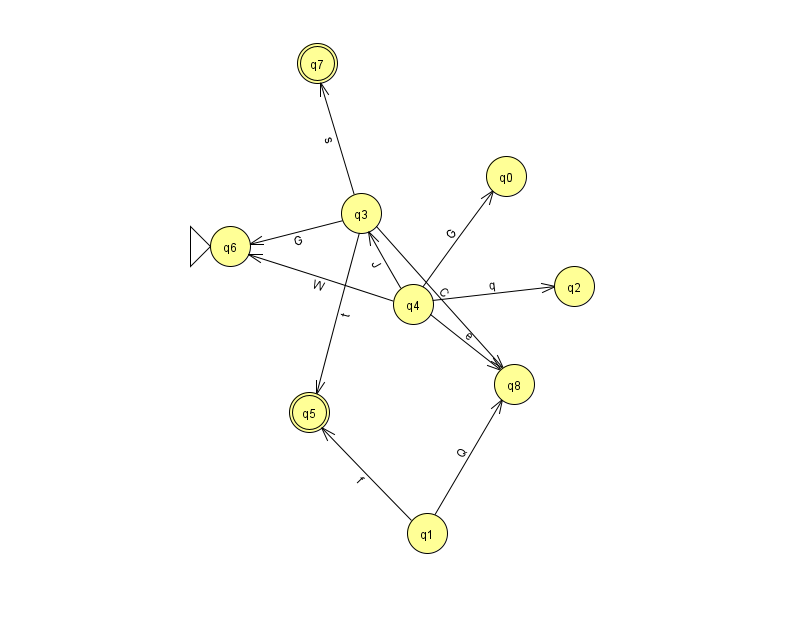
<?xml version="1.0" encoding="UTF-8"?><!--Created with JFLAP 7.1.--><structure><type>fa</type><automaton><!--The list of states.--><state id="0" name="q0"><x>506.0</x><y>163.0</y></state><state id="1" name="q1"><x>427.0</x><y>520.0</y></state><state id="2" name="q2"><x>574.0</x><y>273.0</y></state><state id="3" name="q3"><x>361.0</x><y>200.0</y></state><state id="4" name="q4"><x>413.0</x><y>291.0</y></state><state id="5" name="q5"><x>309.0</x><y>399.0</y><final/></state><state id="6" name="q6"><x>230.0</x><y>233.0</y><initial/></state><state id="7" name="q7"><x>317.0</x><y>50.0</y><final/></state><state id="8" name="q8"><x>514.0</x><y>371.0</y></state><!--The list of transitions.--><transition><from>4</from><to>3</to><read>J</read></transition><transition><from>3</from><to>6</to><read>G</read></transition><transition><from>3</from><to>8</to><read>C</read></transition><transition><from>4</from><to>0</to><read>G</read></transition><transition><from>1</from><to>8</to><read>Q</read></transition><transition><from>1</from><to>5</to><read>f</read></transition><transition><from>3</from><to>5</to><read>t</read></transition><transition><from>4</from><to>8</to><read>e</read></transition><transition><from>3</from><to>7</to><read>s</read></transition><transition><from>4</from><to>2</to><read>q</read></transition><transition><from>4</from><to>6</to><read>W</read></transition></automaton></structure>